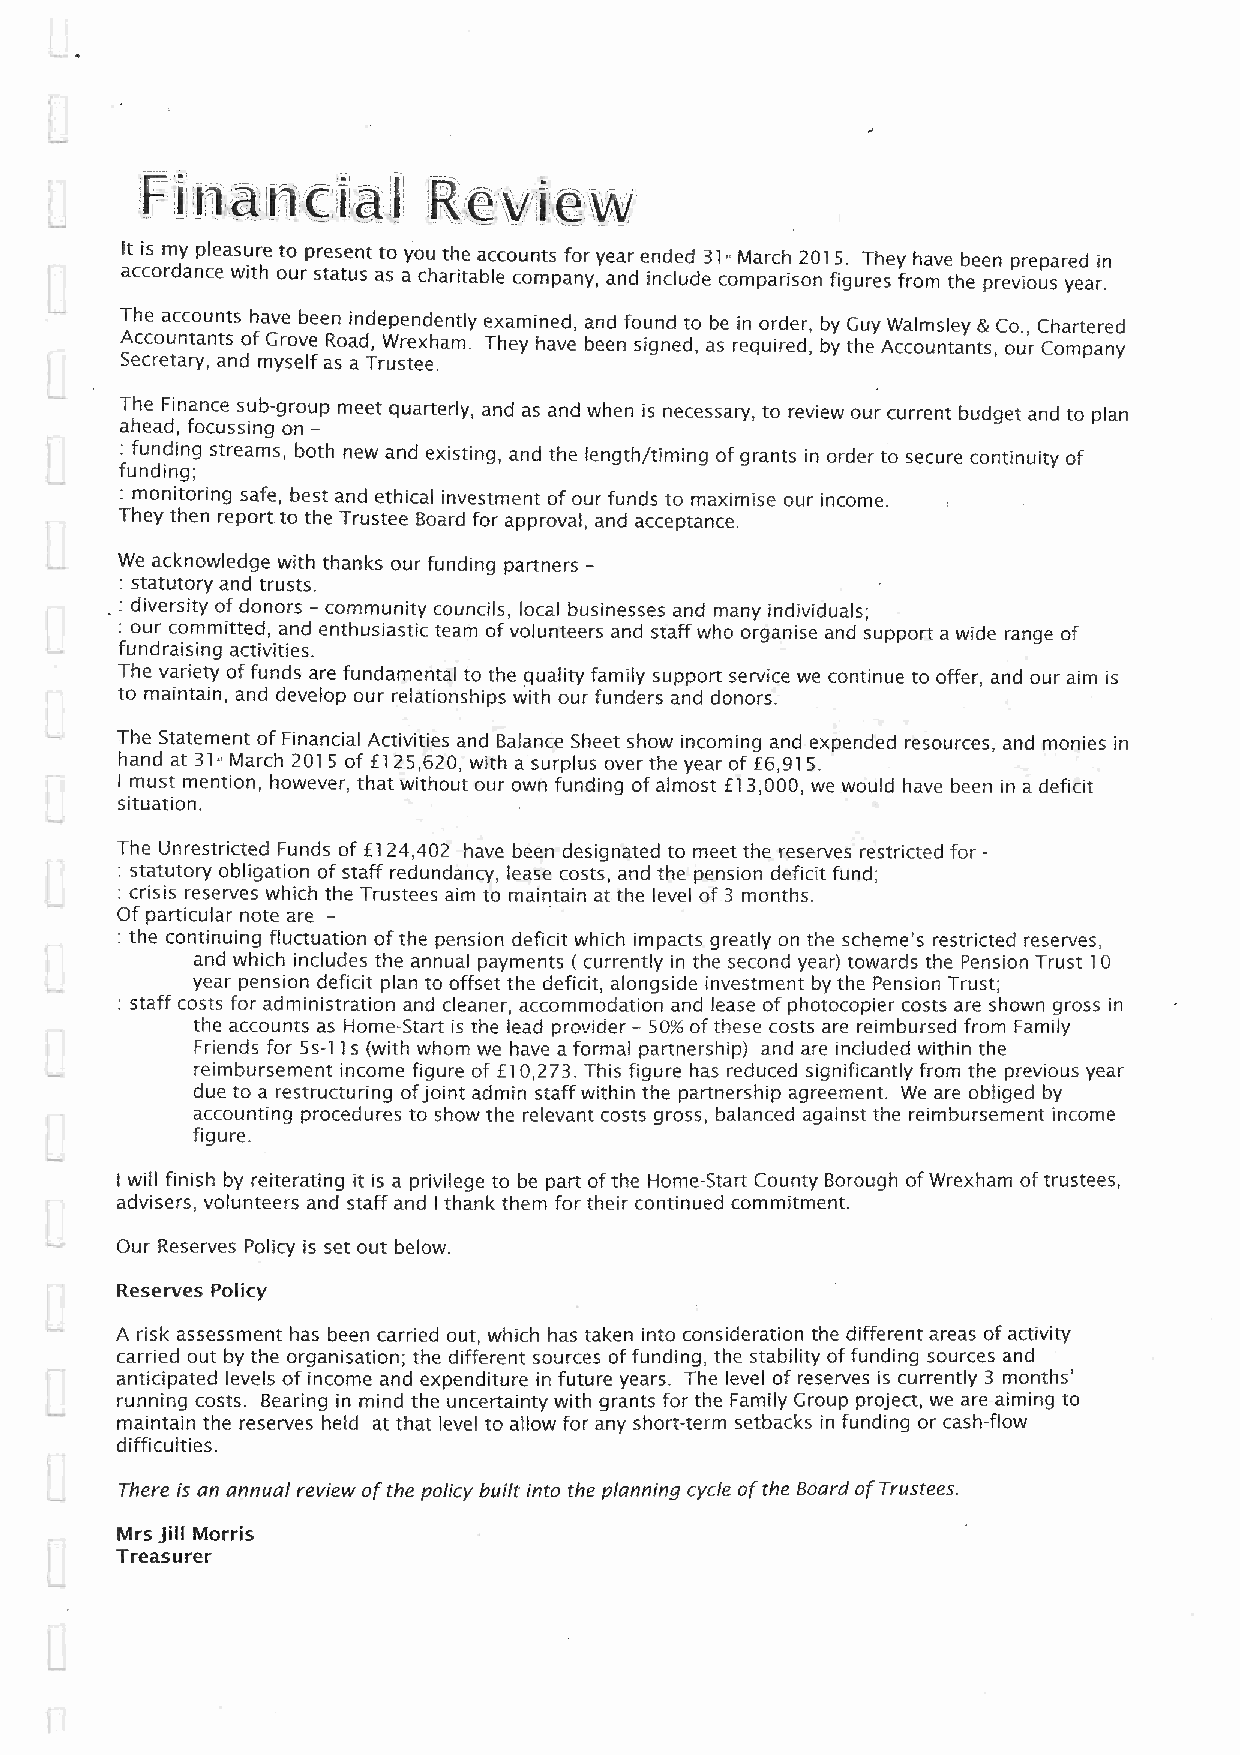
It is my pleasure to present to you the accounts for year ended 31- March 2015. They have been prepared in
 accordance with our status as a charitable company, and include comparison figures from the previous year.
 The accounts have been independently examined, and found to be in order, by Guy Walmsley & Co., Chartered
 Accountants of Grove Road, Wrexham. They have been signed, as required, by the Accountants, our Company
 Secretary, and myself as a Trustee.
 The Finance sub-group meet quarterly, and as and when is necessary, to review our current budget and to plan
 ahead, focussing on -
 : funding streams, both new and existing, and the length/timing of grants in order to secure continuity of
 funding;
 : monitoring safe, best and ethical investment of our funds to maximise our income.
 They then report to the Trustee Board for approval, and acceptance.
 We acknowledge with thanks our funding partners -
 : statutory and trusts.
 : diversity of donors - community councils, local businesses and many individuals;
 : our committed, and enthusiastic team of volunteers and staff who organise and support a wide range of
 fundraising activities.
 The variety of funds are fundamental to the quality family support service we continue to offer, and our aim is
 to maintain, and develop our relationships with our funders and donors.
 The Statement of Financial Activities and Balance Sheet show incoming and expended resources, and monies in
 hand at 31- March 2015 of fl 25,620, with a surplus over the year of f6,915.
 I must mention, however, that without our own funding of almost f13,000, we would have been in a deficit
 situation.
 The Unrestricted Funds of fl 24,402 have been designated to meet the reserves restricted for -
 : statutory obligation of staff redundancy, lease costs, and the pension deficit fund;
 : crisis reserves which the Trustees aim to maintain at the level of 3 months.
 Of particular note are -
 : the continuing fluctuation of the pension deficit which impacts greatly on the scheme's restricted reserves,
 and which includes the annual payments ( currently in the second year) towards the Pension Trust 10
 year pension deficit plan to offset the deficit, alongside investment by the Pension Trust;
 : staff costs for administration and cleaner, accommodation and lease of photocopier costs are shown gross in
 the accounts as Home-Start is the lead provider - 50% of these costs are reimbursed from Family
 Friends for 5s-11s (with whom we have a formal partnership) and are included within the
 reimbursement income figure of £10,273. This figure has reduced significantly from the previous year
 due to a restructuring of joint admin staff within the partnership agreement. We are obliged by
 accounting procedures to show the relevant costs gross, balanced against the reimbursement income
 figure.
 I will finish by reiterating it is a privilege to be part of the Home-Start County Borough of Wrexham of trustees,
 advisers, volunteers and staff and I thank them for their continued commitment.
 Our Reserves Policy is set out below.
 Reserves Policy
 A risk assessment has been carried out, which has taken into consideration the different areas of activity
 carried out by the organisation; the different sources of funding, the stability of funding sources and
 anticipated levels of income and expenditure in future years. The level of reserves is currently 3 months'
 running costs. Bearing in mind the uncertainty with grants for the Family Group project, we are aiming to
 maintain the reserves held at that level to allow for any short-term setbacks in funding or cash-flow
 difficulties.
 There is an annual review of the policy built into the planning cycle of the Board of Trustees.
 Mrs Jill Morris
 Treasurer